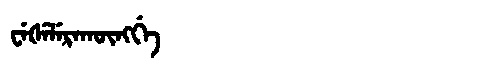
Manchu: ᠸᡝᡧᡝᠯᡝᡵᠠᡴᡡᠩᡤᡝ
Romanization: WEŠELERAKŪNGGE